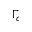
\Gamma _ { c }